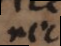
nec